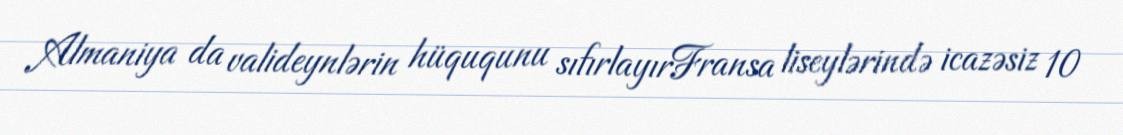
Almaniya da valideynlərin hüququnu sıfırlayırFransa liseylərində icazəsiz 10